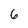
Character: 6